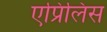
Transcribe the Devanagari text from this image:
एप्रिलिस